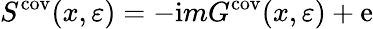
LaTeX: S^{\mathrm{cov}}(x,\varepsilon)=-\mathrm{i}mG^{\mathrm{cov}}(x,\varepsilon)+\mathrm{e}